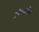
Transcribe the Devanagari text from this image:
जीगरस्प्रिस